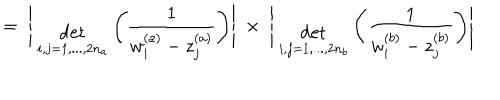
LaTeX: = \; \Bigg | { \; \atop { \mathrm { d e t } \atop { \scriptstyle i , j = 1 , . . . , 2 n _ { a } } } } \Bigg ( \frac { 1 } { w _ { i } ^ { ( a ) } - z _ { j } ^ { ( a ) } } \Bigg ) \Bigg | \; \times \; \Bigg | { \; \atop { \mathrm { d e t } \atop { \scriptstyle i , j = 1 , . . . , 2 n _ { b } } } } \Bigg ( \frac { 1 } { w _ { i } ^ { ( b ) } - z _ { j } ^ { ( b ) } } \Bigg ) \Bigg |